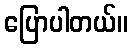
ပြောပါတယ်။